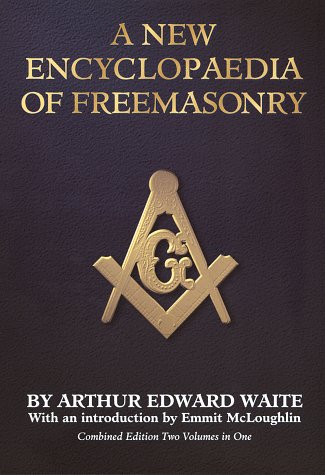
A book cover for A New Encyclopaedia of Freemasonry; Arthur Edward Waite; Reference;